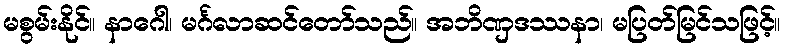
မစွမ်းနိုင်။ နာဂေါ၊ မင်္ဂလာဆင်တော်သည်။ အဘိဏှဒဿနာ၊ မပြတ်မြင်သဖြင့်။